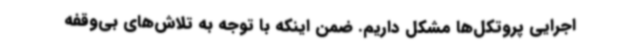
اجرایی پروتکل‌ها مشکل داریم. ضمن اینکه با توجه به تلاش‌های بی‌وقفه